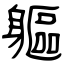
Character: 軀